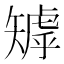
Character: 𥏽